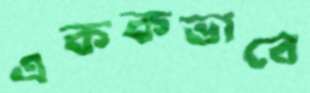
এককভাবে